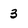
Character: 3